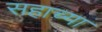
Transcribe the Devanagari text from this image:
सहाच्या